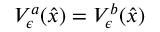
V _ { \epsilon } ^ { a } ( \hat { x } ) = V _ { \epsilon } ^ { b } ( \hat { x } )